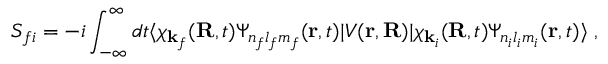
S _ { f i } = - i \int _ { - \infty } ^ { \infty } d t \langle \chi _ { \mathbf { k } _ { f } } ( \mathbf { R } , t ) \Psi _ { n _ { f } l _ { f } m _ { f } } ( \mathbf { r } , t ) | V ( \mathbf { r } , \mathbf { R } ) | { \chi } _ { \mathbf { k } _ { i } } ( \mathbf { R } , t ) \Psi _ { n _ { i } l _ { i } m _ { i } } ( \mathbf { r } , t ) \rangle \; ,